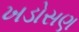
ખડોસણ